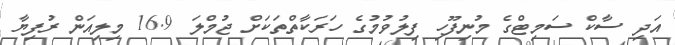
އަދި ސާކް ސަމިޓްގެ މުނިފޫހި ފިލުވުމުގެ ހަރަކާތްތަކަށް ޖުމްލަ 16.9 މިލިއަން ރުފިޔާ